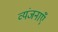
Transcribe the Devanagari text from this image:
व्यंजनाएँ